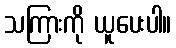
သကြားကို ယူပေးပါ။